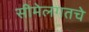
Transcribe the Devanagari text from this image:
सीमेलगतचे